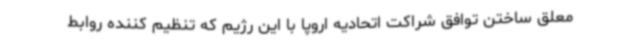
معلق ساختن توافق شراکت اتحادیه اروپا با این رژیم که تنظیم کننده روابط